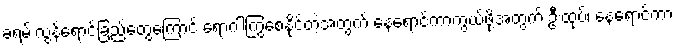
ခရမ်းလွန်ရောင်ခြည်တွေကြောင့် ရောဂါကြွစေနိုင်တဲ့အတွက် နေရောင်ကာကွယ်ဖို့အတွက် ဦးထုပ်၊ နေရောင်ကာ